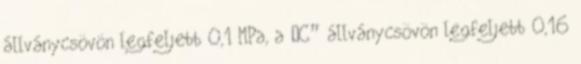
állványcsövön legfeljebb 0,1 MPa, a „C” állványcsövön legfeljebb 0,16